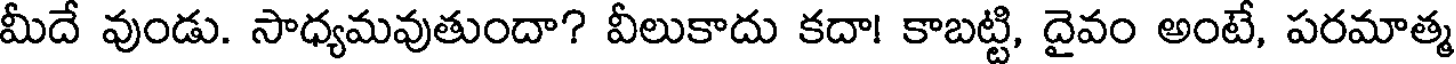
మీదే వుండు. సాధ్యమవుతుందా? వీలుకాదు కదా! కాబట్టి, దైవం అంటే, పరమాత్మ